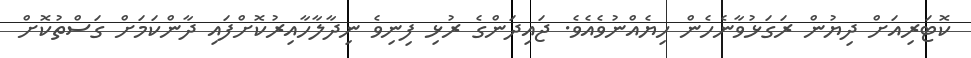
ކޮޓަރިއަށް ދިޔުން ރަގަޅުވާނެހެން ހިޔެއްނުވެއެވެ. ޖައިދަންގެ ރުޅި ފިނިވެ ނިދާލާހާއިރުކޮށްފައި ދާންކަމަށް ގަސްތުކޮށް